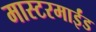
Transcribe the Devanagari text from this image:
मास्टरमाईंड